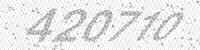
Solution: 420710